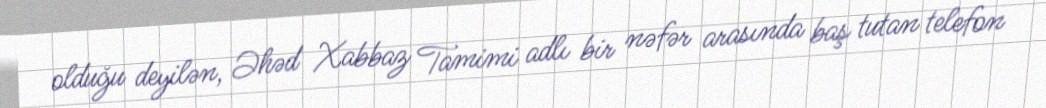
olduğu deyilən, Əhəd Xabbaz Tamimi adlı bir nəfər arasında baş tutan telefon